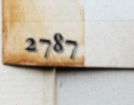
2787